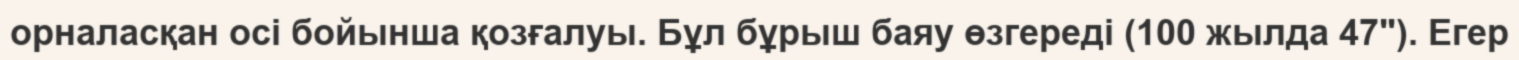
орналасқан осі бойынша қозғалуы. Бұл бұрыш баяу өзгереді (100 жылда 47"). Егер